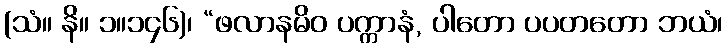
(သံ။ နိ။ ၁။၁၄၆)၊ “ဖလာနမိဝ ပက္ကာနံ, ပါတော ပပတတော ဘယံ၊